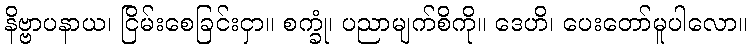
နိဗ္ဗာပနာယ၊ ငြိမ်းစေခြင်းငှာ။ စက္ခုံ၊ ပညာမျက်စိကို။ ဒေဟိ၊ ပေးတော်မူပါလော။